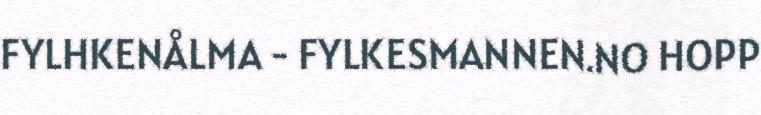
FYLHKENÅLMA - FYLKESMANNEN.NO HOPP